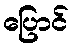
ပြောင်